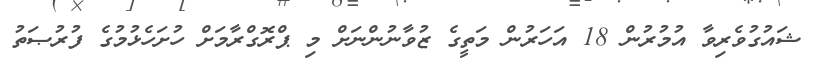
ޝައުގުވެރިވާ އުމުރުން 18 އަހަރުން މަތީގެ ޒުވާނުންނަށް މި ޕްރޮގްރާމަށް ހުށަހެޅުމުގެ ފުރުޞަތު